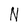
Character: N